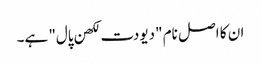
ان کا اصل نام "دیودت لکھن پال" ہے۔